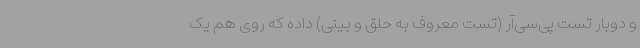
و دوبار تست پی‌سی‌آر (تست معروف به حلق و بینی) داده که روی هم یک